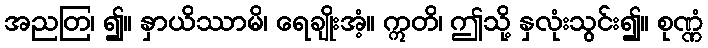
အညတြ၊ ၍။ နှာယိဿာမိ၊ ရေချိုးအံ့။ ဣတိ၊ ဤသို့ နှလုံးသွင်း၍။ စုဏ္ဏံ